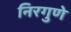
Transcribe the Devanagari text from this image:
निरगुणे